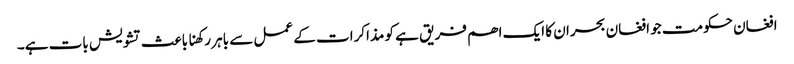
افغان حکومت جو افغان بحران کا ایک اھم فریق ہے کو مذاکرات کے عمل سے باہر رکھنا باعث تشویش بات ہے۔